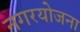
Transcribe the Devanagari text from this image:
नगरयोजना